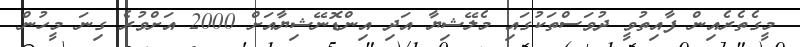
މީގެތެރެއިން ފާއިތުވީ ދުވަސްތަކުގައި މެލޭޝިޔާ އަދި އިންޑޮނޭޝިޔާއަށް 2000 އަށްވުރެ ގިނަ މީހުން